Civil Veterinary Department. Madras. Admin. report 1926-33 - 1926-1933
Year: 1926
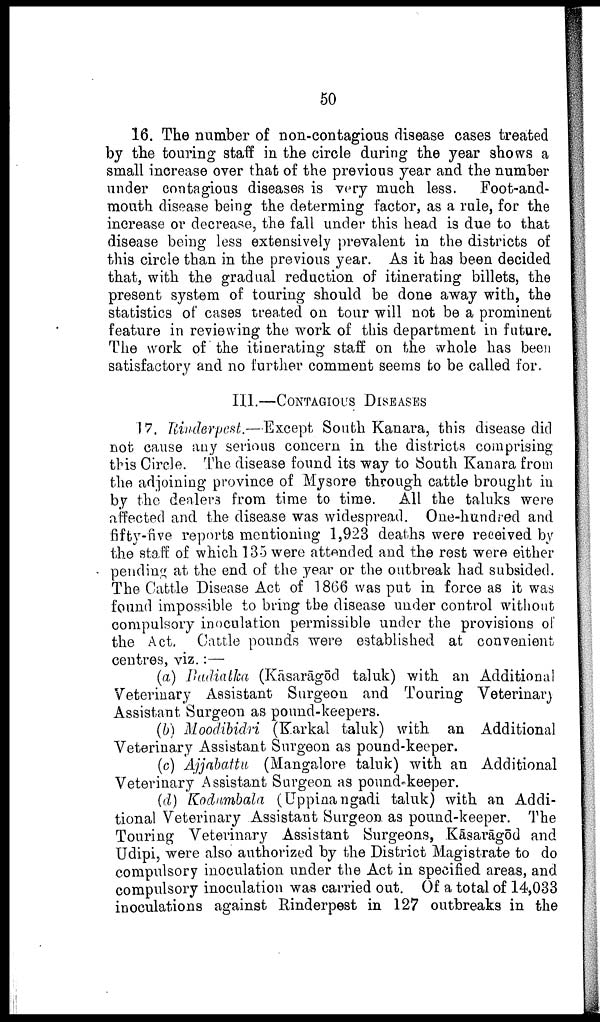
50
16. The number of non-contagious disease cases treated
by the touring staff in the circle during the year shows a
small increase over that of the previous year and the number
under contagious diseases is very much less. Foot-and-
mouth disease being the determing factor, as a rule, for the
increase or decrease, the fall under this head is due to that
disease being less extensively prevalent in the districts of
this circle than in the previous year. As it has been decided
that, with the gradual redaction of itinerating billets, the
present system of touring should be done away with, the
statistics of cases treated on tour will not be a prominent
feature in reviewing the work of this department in future.
The work of the itinerating staff on the whole has been
satisfactory and no further comment seems to be called for.
III.—CONTAGIOUS DISEASES
17. Rinderpest.—Except South Kanara, this disease did
not cause any serious concern in the districts comprising
this Circle. The disease found its way to South Kanara from
the adjoining province of Mysore through cattle brought in
by the dealers from time to time. All the taluks were
affected and the disease was widespread. One-hundred and
fifty-five reports mentioning 1,923 deaths were received by
the staff of which 135 were attended and the rest were either
pending at the end of the year or the outbreak had subsided.
The Cattle Disease Act of 1866 was put in force as it was
found impossible to bring the disease under control without
compulsory inoculation permissible under the provisions of
the Act. Cattle pounds were established at convenient
centres, viz.:—
(a) Badiatka (Kāsarāgōd taluk) with an Additional
Veterinary Assistant Surgeon and Touring Veterinary
Assistant Surgeon as pound-keepers.
(b) Moodibidri (Karkal taluk) with an Additional
Veterinary Assistant Surgeon as pound-keeper.
(c) Ajjabattu (Mangalore taluk) with an Additional
Veterinary Assistant Surgeon as pound-keeper.
(d) Kodumbala (Uppinangadi taluk) with an Addi
tional Veterinary Assistant Surgeon as pound-keeper. The
Touring Veterinary Assistant Surgeons, Kāsarāgōd and
Udipi, were also authorized by the District Magistrate to do
compulsory inoculation under the Act in specified areas, and
compulsory inoculation was carried out. Of a total of 14,033
inoculations against Rinderpest in 127 outbreaks in the